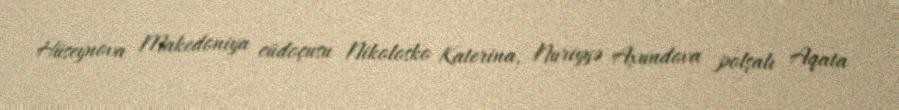
Hüseynova Makedoniya cüdoçusu Nikolosko Katerina, Nuriyyə Axundova polşalı Aqata